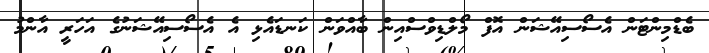
ބެޑްމިންޓަން އެސޯސިއޭޝަން އޮފް މޯލްޑިވްސްއިން ބާއްވަން ކަނޑައެޅި އެ އެސޯސިއޭޝަނުގެ އަހަރީ އާންމު